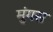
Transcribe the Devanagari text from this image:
मुंगस